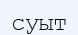
суыт